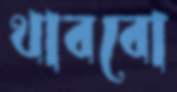
থাববো